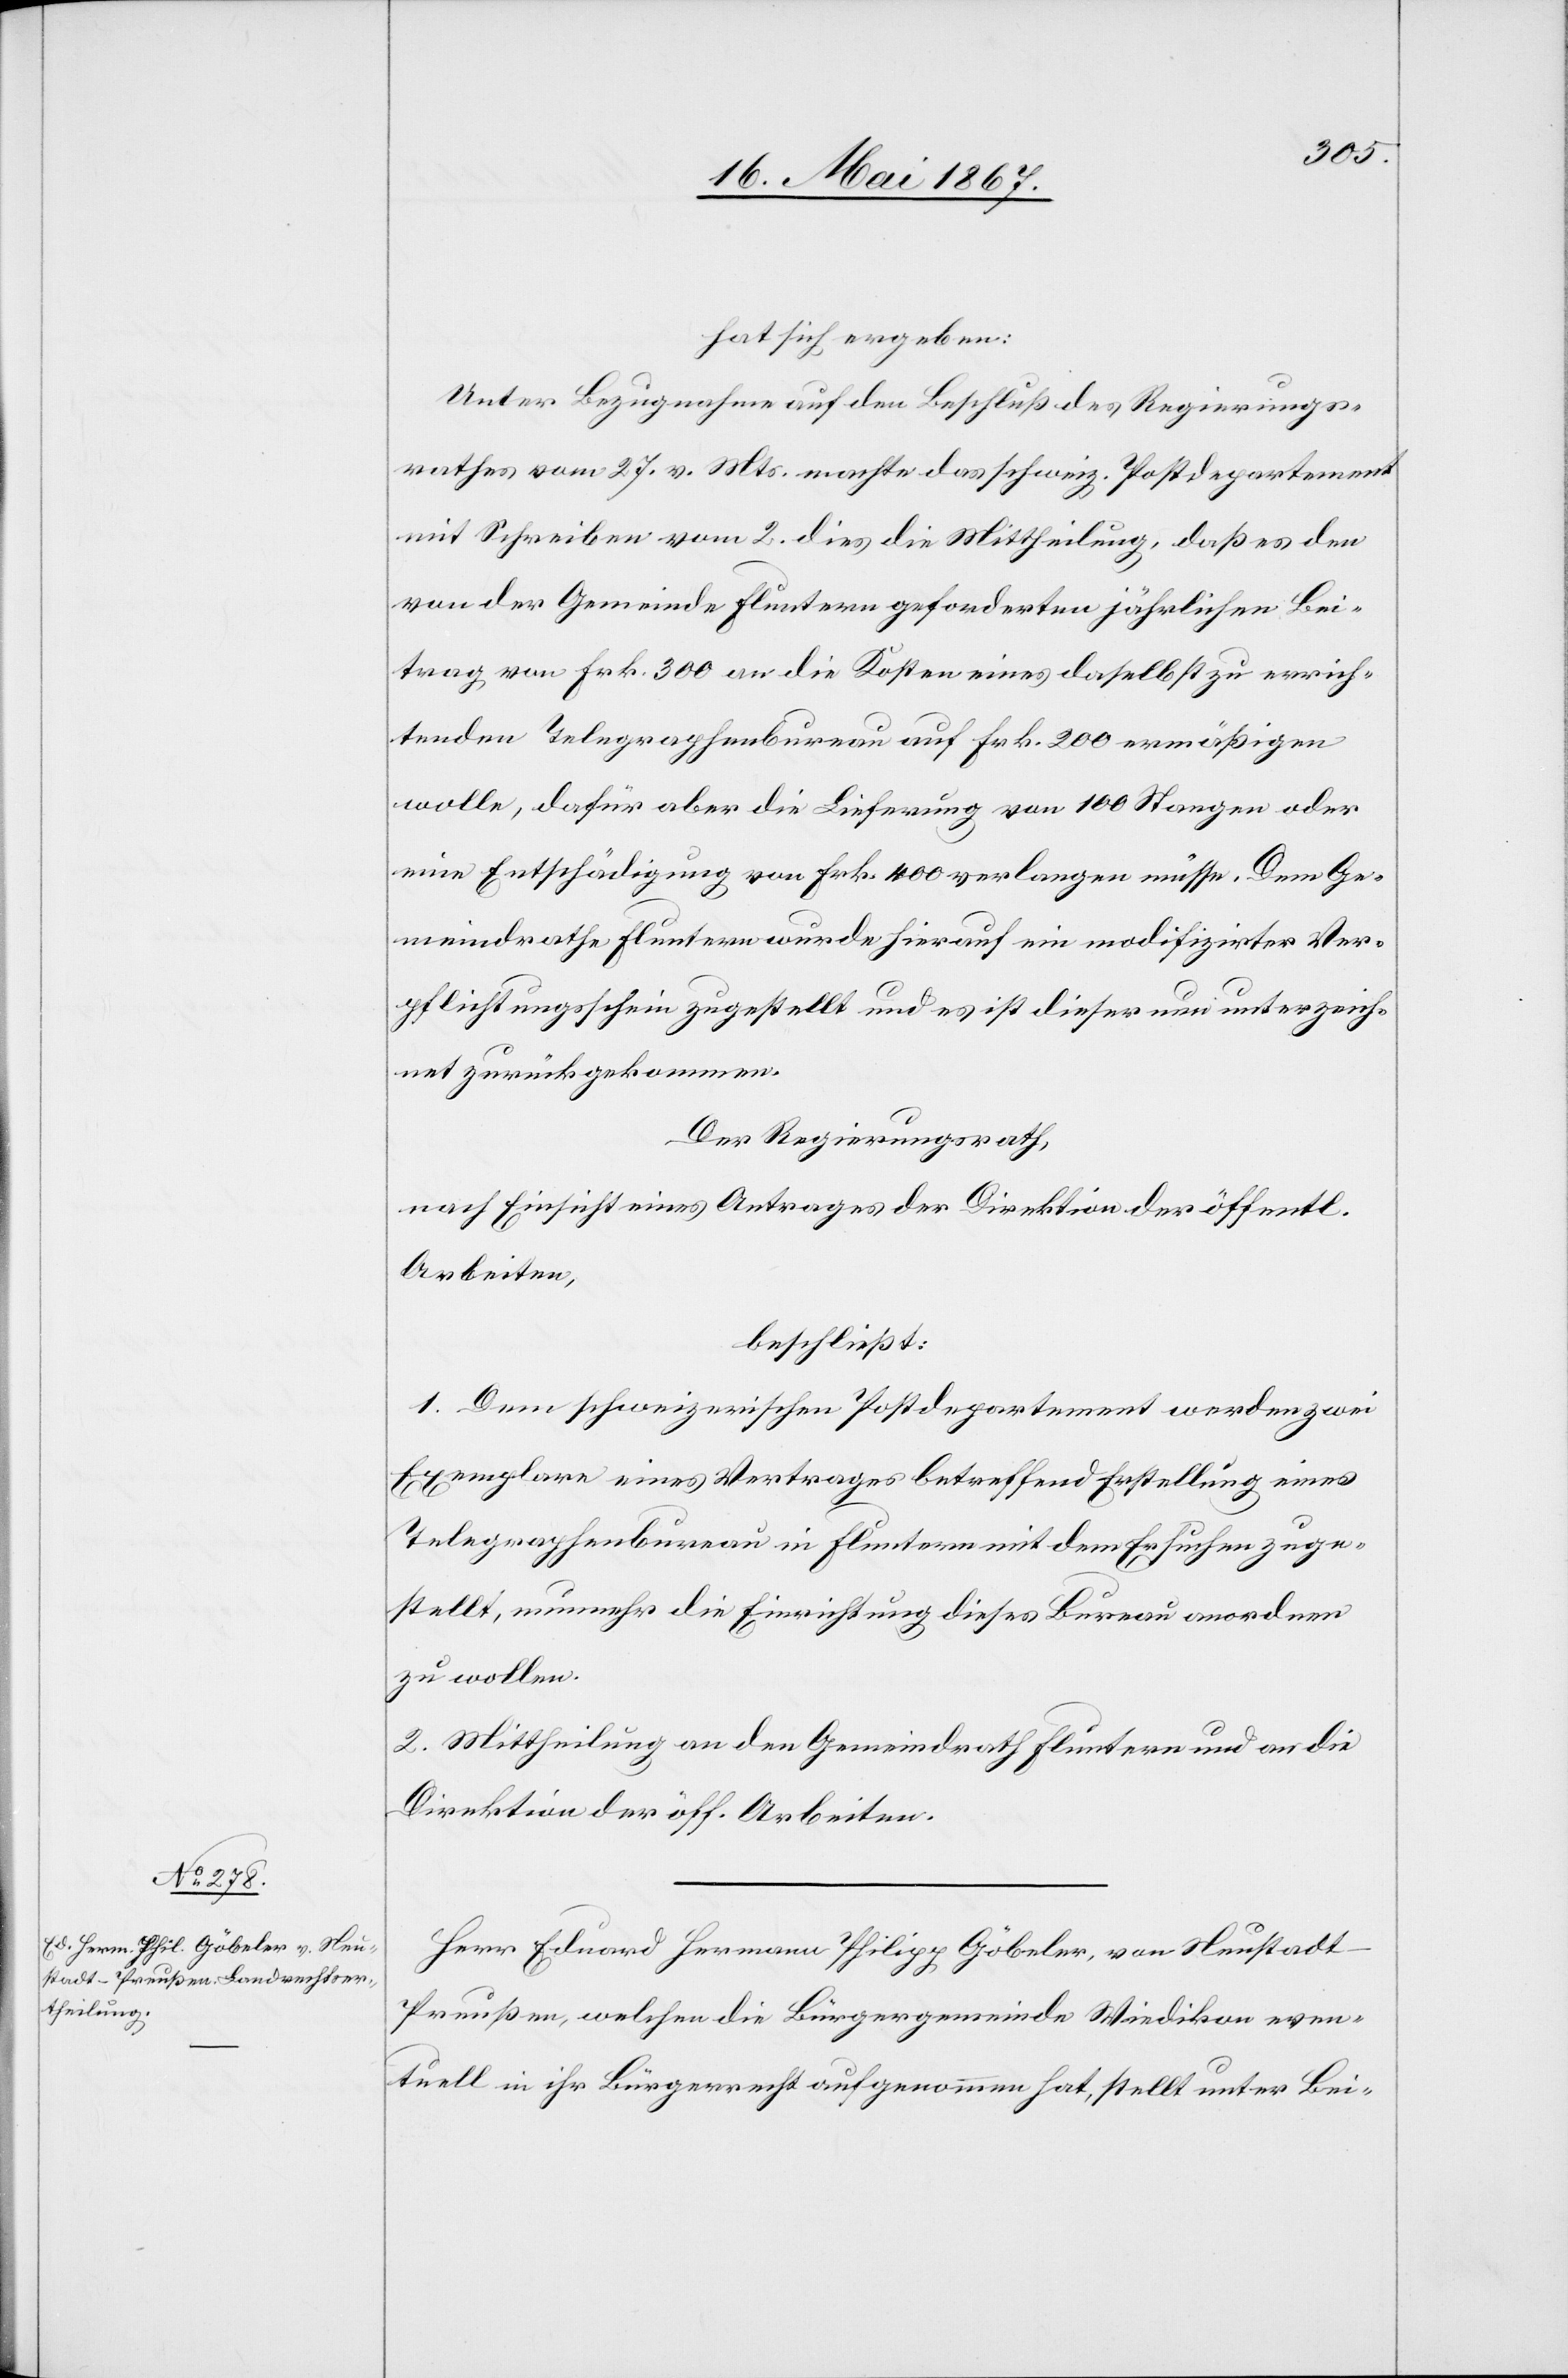
hat sich ergeben:
Unter Bezugnahme auf den Beschluß des Regierungs¬
rathes vom 23. v. Mts. machte das schweiz. Postdepartement
mit Schreiben vom 2. dies die Mittheilung, daß es den
von der Gemeinde Fluntern geforderten jährlichen Bei¬
trag von Frk. 300 an die Kosten eines daselbst zu errich¬
tenden Telegraphenbureau auf Frk. 200 ermäßigen
wolle, dafür aber die Lieferung von 100 Stangen oder
eine Entschädigung von Frk. 400 verlangen müsse. Dem Ge¬
meindrathe Fluntern wurde hierauf ein modifizierter Ver¬
pflichtungsschein zugestellt und es ist dieser nun unterzeich¬
net und zurückgekommen.
Der Regierungsrath,
nach Einsicht eines Antrages der Direktion der öffentl.
Arbeiten,
beschließt:
1. Dem schweizerischen Postdepartement werden zwei
Exemplare eines Vertrages betreffend Erstellung eines
Telegraphenbureau in Fluntern mit dem Ersuchen zuge¬
stellt, nunmehr die Einrichtung dieses Bureau anordnen
zu wollen.
2. Mittheilung an den Gemeindrath Fluntern und an die
Direktion der öff. Arbeiten.
Herr Eduard Hermann Philipp Göbeler, von Neustadt-P¬
reußen, welchen die Bürgergemeinde Wiedikon even¬
tuell in ihr Bürgerrecht aufgenommen hat, stellt unter Bei-